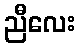
ညီလေး